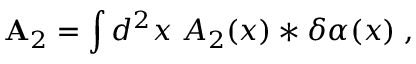
{ \bf A } _ { 2 } = \int d ^ { 2 } x \; { \cal A } _ { 2 } ( x ) * \delta \alpha ( x ) \; ,